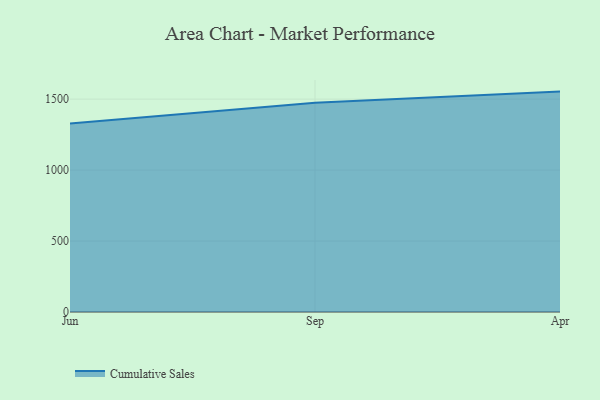
{"axis": {"x": "Month", "y": "Revenue (USD Million)"}, "legend": ["Cumulative Sales"], "data": [{"x": "Jun", "y": 1328.3, "type": "Cumulative Sales"}, {"x": "Sep", "y": 1474.7, "type": "Cumulative Sales"}, {"x": "Apr", "y": 1553.1, "type": "Cumulative Sales"}]}